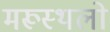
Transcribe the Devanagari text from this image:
मरूस्थलो